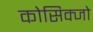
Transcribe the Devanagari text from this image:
कोसिक्जो